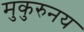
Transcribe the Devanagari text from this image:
मुकुरुनय